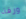
ورقة